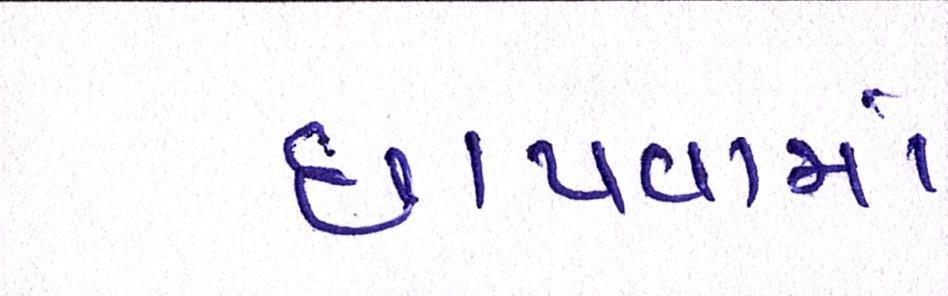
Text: છાપવામાં